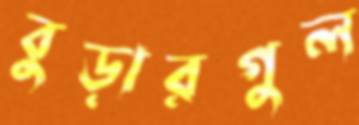
বুড়ারগুল